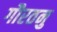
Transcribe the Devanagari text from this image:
गौरतनु